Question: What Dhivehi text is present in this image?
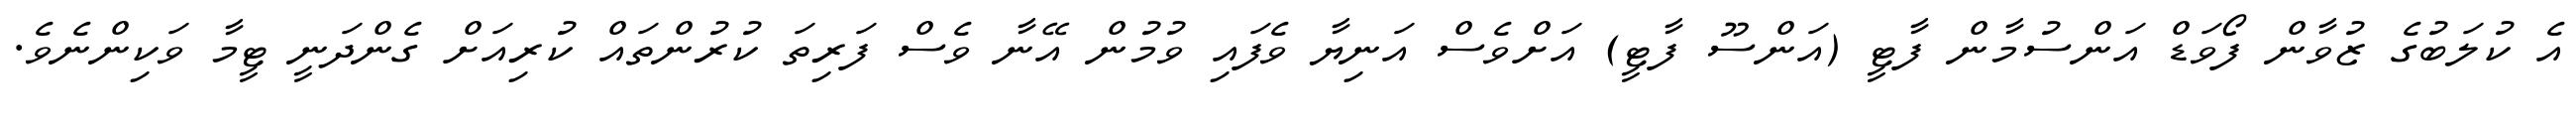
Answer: އެ ކުލަބުގެ ޒުވާން ފޯވަޑް އަންސުމާން ފާޓީ (އަންސޫ ފާޓީ) އަށްވެސް އަނިޔާ ވެފައި ވުމުން އޭނާ ވެސް ފަރިތަ ކުރުންތައް ކުރިއަށް ގެންދަނީ ޓީމާ ވަކިންނެވެ.